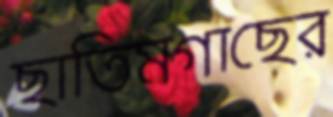
ছাতিমগাছের